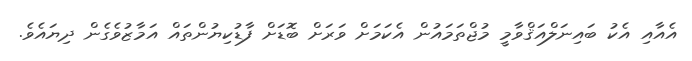
އެއާއި އެކު ބައިނަލްއަޤްވާމީ މުޖްތަމައުން އެކަމަށް ވަރަށް ބޮޑަށް ފާޑުކިޔުންތައް އަމާޒުވެގެން ދިޔައެވެ.